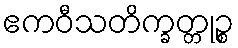
ဧကဝီသတိက္ခတ္တုဉ္စ